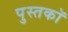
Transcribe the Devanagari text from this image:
पुस्तकॉ